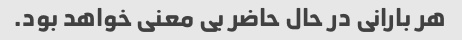
هر بارانی در حال حاضر بی معنی خواهد بود.